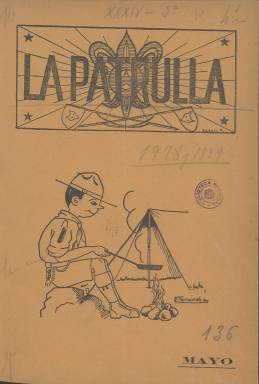
Título: La Patrulla (Madrid. 1928)
Colección: Revistas infantiles
Ámbito geográfico: Madrid
Lugar de publicación: Madrid
Fechas: 01/05/1928-31/12/1935

Esta revista de periodicidad mensual fue el órgano de difusión de los Boys Scouts madrileños. En su tercera etapa comenzó a publicarse en 1927 y concluyó en 1936 con el inicio de la Guerra Civil. La colección de la Biblioteca Nacional de España está muy incompleta. Comienza con el número 12, de mayo de 1928 y faltan los números correspondientes a los años 1930 a 1933 inclusive, más los de 1936.

  El militar británico Baden Powell fundó el movimiento Boy Scout en 1908 y pronto se extendió por todo el mundo. Era una organización creada inicialmente para niños y adolescentes de 11 a 15 años aproximadamente que tenía como objetivo la práctica de actividades al aire libre y desarrollar en los chicos habilidades así como el compañerismo y el comportamiento cívico.

 La Patrulla era la revista de los exploradores madrileños o Tropa de Madrid de los Exploradores de España, que era otra forma de llamar a los miembros de la organización juvenil. A escala nacional se editaba una revista titulada El Explorador, pero durante un tiempo que está no se publicó la de Madrid era la que hacía de portavoz nacional.

  La publicación llevaba como subtítulo el de Revista del escultismo práctico y en las cubiertas de cada número incluía un dibujo alusivo a las actividades de los muchachos. Así, por ejemplo, en el primer número que posee la BNE se puede ver a un chico con el clásico uniforme scout cocinando en una fogata al aire libre. Este número incluye también un artículo en su portada de Baden Powell titulado ‘El hombre-niño’ en el que el fundador explica que el buen instructor y jefe de exploradores debe adaptarse a la psicología de los chicos.

  Los elementos gráficos se extendían al conjunto de la revista, de 20 páginas de media por número, con grabados y fotografías sobre las actividades de los boys scouts madrileños, aunque no faltaban las viñetas cómicas. En lo que se refiere al contenido informativo, se centraba fundamentalmente en las salidas y acampadas de los integrantes de la organización y en las reglas de orden interno de la misma, aunque también se pueden leer algunas piezas literarias.

  Las cubiertas de los últimos años son a color, lo que le da un aire más moderno a la publicación. Destacan también las páginas publicitarias, generalmente las dos últimas. Estos anuncios serían de gran ayuda para la financiación de la revista.

   Para más información sobre esta publicación y la historia del movimiento scout en Madrid y en España puede consultarse la web exploradoresdemadrid.org. Contiene una medioteca-museo, Expo Scout, que reúne y recupera el patrimonio y la memoria del escultismo en nuestro país.

[Descripción publicada el 15/02/2023]